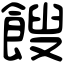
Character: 餿